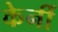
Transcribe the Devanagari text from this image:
केर्नी